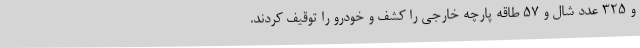
و 325 عدد شال و 57 طاقه پارچه خارجی را کشف و خودرو را توقیف کردند.